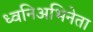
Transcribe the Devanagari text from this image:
ध्वनिअभिनेता